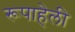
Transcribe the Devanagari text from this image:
रूपाहेली